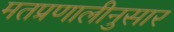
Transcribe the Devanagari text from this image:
मतप्रणालीनुसार